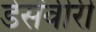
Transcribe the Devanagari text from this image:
डेसेंवीरी